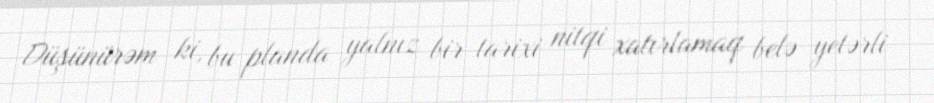
Düşünürəm ki, bu planda yalnız bir tarixi nitqi xatırlamaq belə yetərli